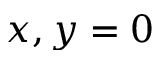
x , y = 0